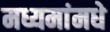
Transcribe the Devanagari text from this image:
मध्यमांमधे